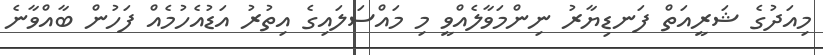
މިއަދުގެ ޝަރީއަތް ފަނޑިޔާރު ނިންމަވާލެއްވީ މި މައްސަލައިގެ އިތުރު އަޑުއެހުމެއް ފަހުން ބާއްވާނެ